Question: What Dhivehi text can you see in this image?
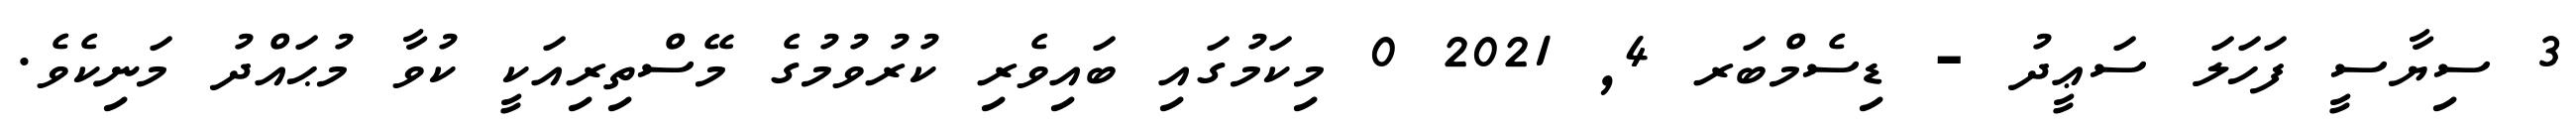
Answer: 3 ސިޔާސީ ފަހަލަ ސަޢީދު - ޑިސެމްބަރ 4, 2021 0 މިކަމުގައި ބައިވެރި ކުރުވުމުގެ މޭސްތިރިއަކީ ކުވާ މުޙައްދު މަނިކެވެ.